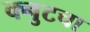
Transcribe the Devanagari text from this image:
क्नुटचा